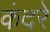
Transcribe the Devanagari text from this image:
कंदरे